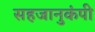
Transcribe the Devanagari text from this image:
सहजानुकंपी